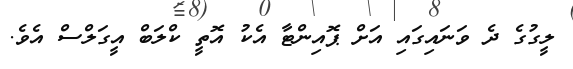
ލީގުގެ ދެ ވަނައިގައި އަށް ޕޮއިންޓާ އެކު އޮތީ ކްލަބް އީގަލްސް އެވެ.